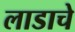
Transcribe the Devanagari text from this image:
लाडाचे